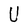
Character: U